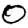
Digit: 0